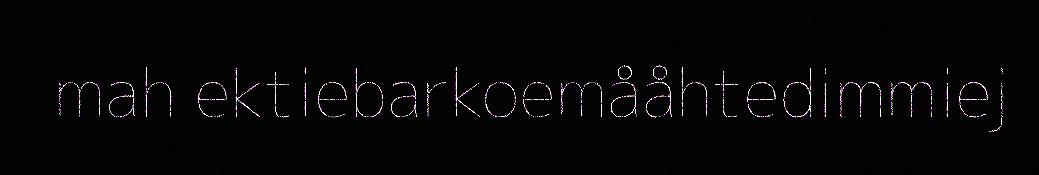
mah ektiebarkoemååhtedimmiej